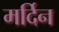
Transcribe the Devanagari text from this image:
मर्दिन